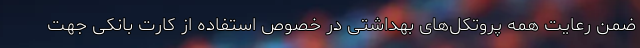
ضمن رعایت همه پروتکل‌های بهداشتی در خصوص استفاده از کارت بانکی جهت